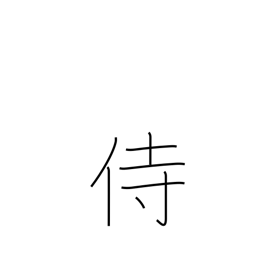
Meaning: serve